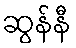
ဆွန်နီ